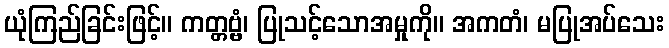
ယုံကြည်ခြင်းဖြင့်။ ကတ္တဗ္ဗံ၊ ပြုသင့်သောအမှုကို။ အကတံ၊ မပြုအပ်သေး